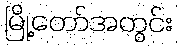
မြို့တော်အတွင်း